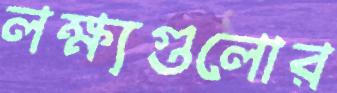
লক্ষ্যগুলোর